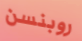
روبنسن